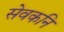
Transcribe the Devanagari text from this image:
सेवकनि